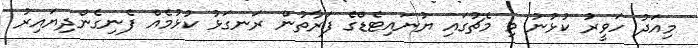
މިއަދު ހަވީރު ކުޅުނު މި މެޗުގައި ޔުނައިޓެޑްގެ ފަރާތުން ރަނގަޅު ކުޅުމެއް ފެނިގެންދިޔައިރު